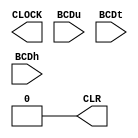
module three_BCD_test (CLOCK, CLR, BCDu, BCDt, BCDh);

	output CLOCK, CLR;
	input [3:0] BCDu, BCDt, BCDh;
	
	reg CLOCK;
	reg CLR;

	always
		#1 CLOCK = ~CLOCK;

	initial
	begin
		CLOCK = 1'b0; 
		CLR = 1'b1;
		#5
		CLR = 1'b0;
	end

	initial
		$monitor("%d, COUNT = %d%d%d", $time, BCDh, BCDt, BCDu);

endmodule